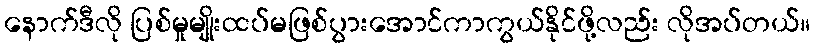
နောက်ဒီလို ပြစ်မှုမျိုးထပ်မဖြစ်ပွားအောင်ကာကွယ်နိုင်ဖို့လည်း လိုအပ်တယ်။